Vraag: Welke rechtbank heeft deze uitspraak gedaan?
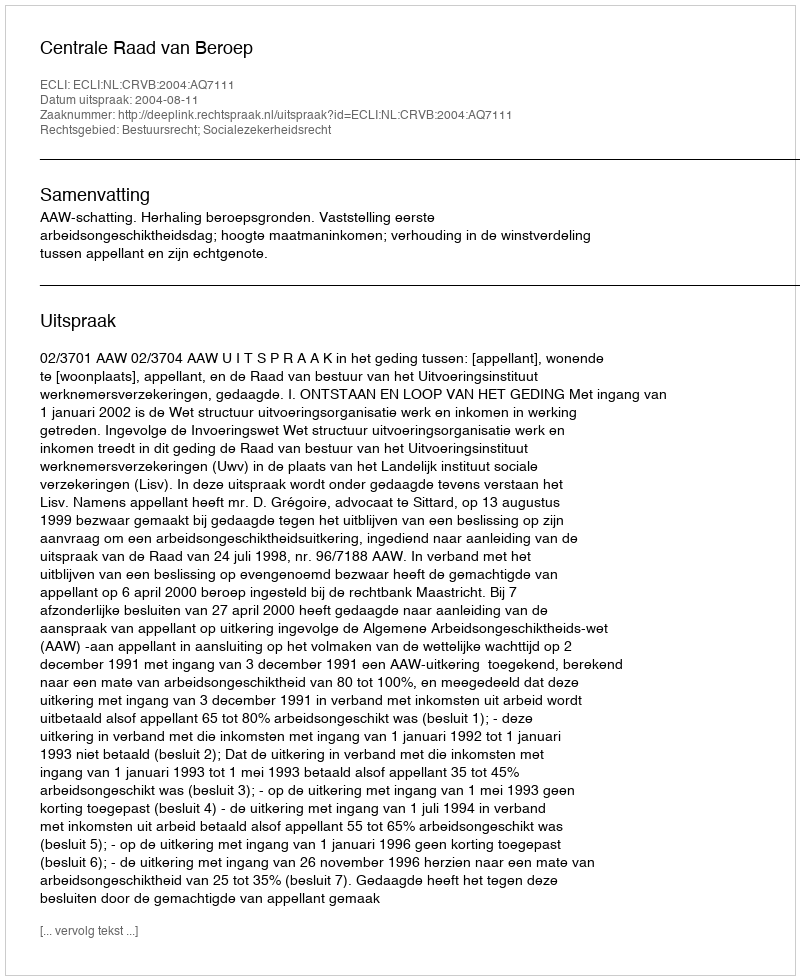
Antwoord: Centrale Raad van Beroep